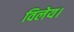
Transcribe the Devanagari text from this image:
विलेय।